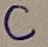
Text: C